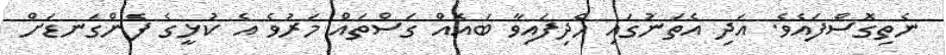
ނެތިގޮސްފައެވެ. އަދި އެތަނުގައި ހެދިފައިވާ ބައެއް ގަސްތައް މަރުވެ އެ ކުޅީގެ ފެންގަނޑަށް